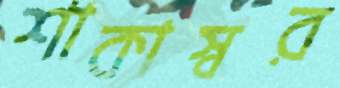
শাকাস্বর